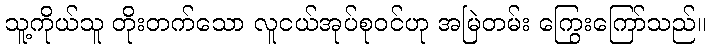
သူ့ကိုယ်သူ တိုးတက်သော လူငယ်အုပ်စုဝင်ဟု အမြဲတမ်း ကြွေးကြော်သည်။